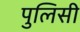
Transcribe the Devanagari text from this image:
पुलिसी